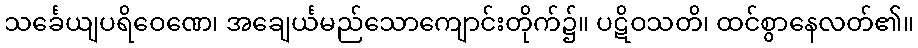
သင်္ခေယျပရိဝေဏေ၊ အချေင်္ယမည်သောကျောင်းတိုက်၌။ ပဋိဝသတိ၊ ထင်စွာနေလတ်၏။